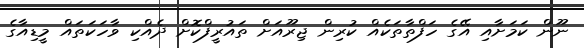
ނޫން ކަމަށާއި އޭގެ ހަފްތާތަކެއް ކުރިން ޖިރޫއަށް ތައުރީފްކޮށް ދެއްކި ވާހަކަތައް މީޑިއާގެ